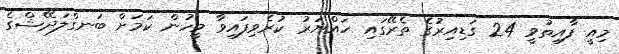
މިއީ ފާއިތުވީ 24 ގަޑިއިރުގެ ތެރޭގައި ހައްޔަރު ކުރެވިފައިވާ މީހުން ކަމަށް ބަނގްލަދޭޝްގެ